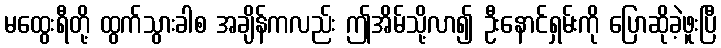
မထွေးရီတို့ ထွက်သွားခါစ အချိန်ကလည်း ဤအိမ်သို့လာ၍ ဦးနောင်ရှမ်းကို ပြောဆိုခဲ့ဖူးပြီ